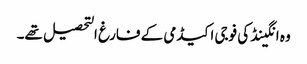
وہ انگینڈ کی فوجی اکیڈمی کے فارغ التحصیل تھے۔